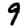
Digit: 9